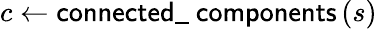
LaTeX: c\gets\textsf{connected\_ components}\left(s\right)